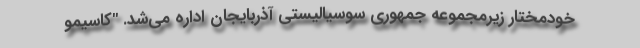
خودمختار زیرمجموعه جمهوری سوسیالیستی آذربایجان اداره می‌شد. "کاسیمو